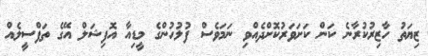
ޒިޔަތު ހާޒިރުކުރާނެ ކަން ކަށަވަރުކޮށްދެއްވި ނަމަވެސް ފުލުހުންގެ މީޑިއާ އޮފިޝަލް އޭގެ ތަފްސީލެއް